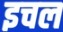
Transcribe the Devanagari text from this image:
इचल